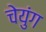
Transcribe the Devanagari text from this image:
चेयुंग